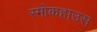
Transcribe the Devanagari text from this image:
स्मोकहाउस